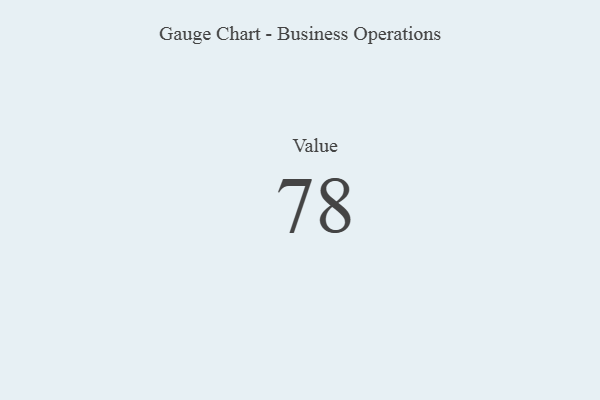
{"axis": {"x": "Metric", "y": "Value"}, "legend": [""], "data": [{"x": "Value", "y": 78, "type": ""}]}